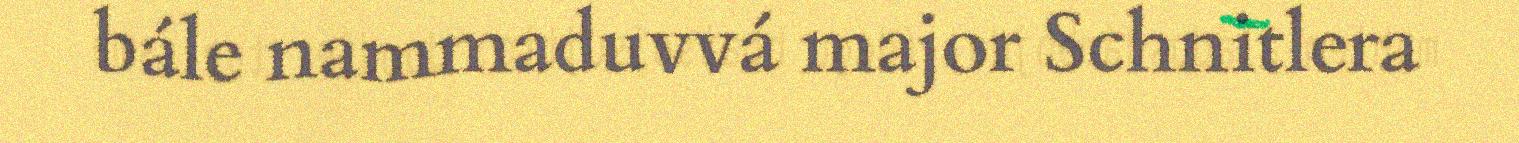
bále nammaduvvá major Schnitlera